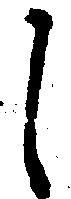
し